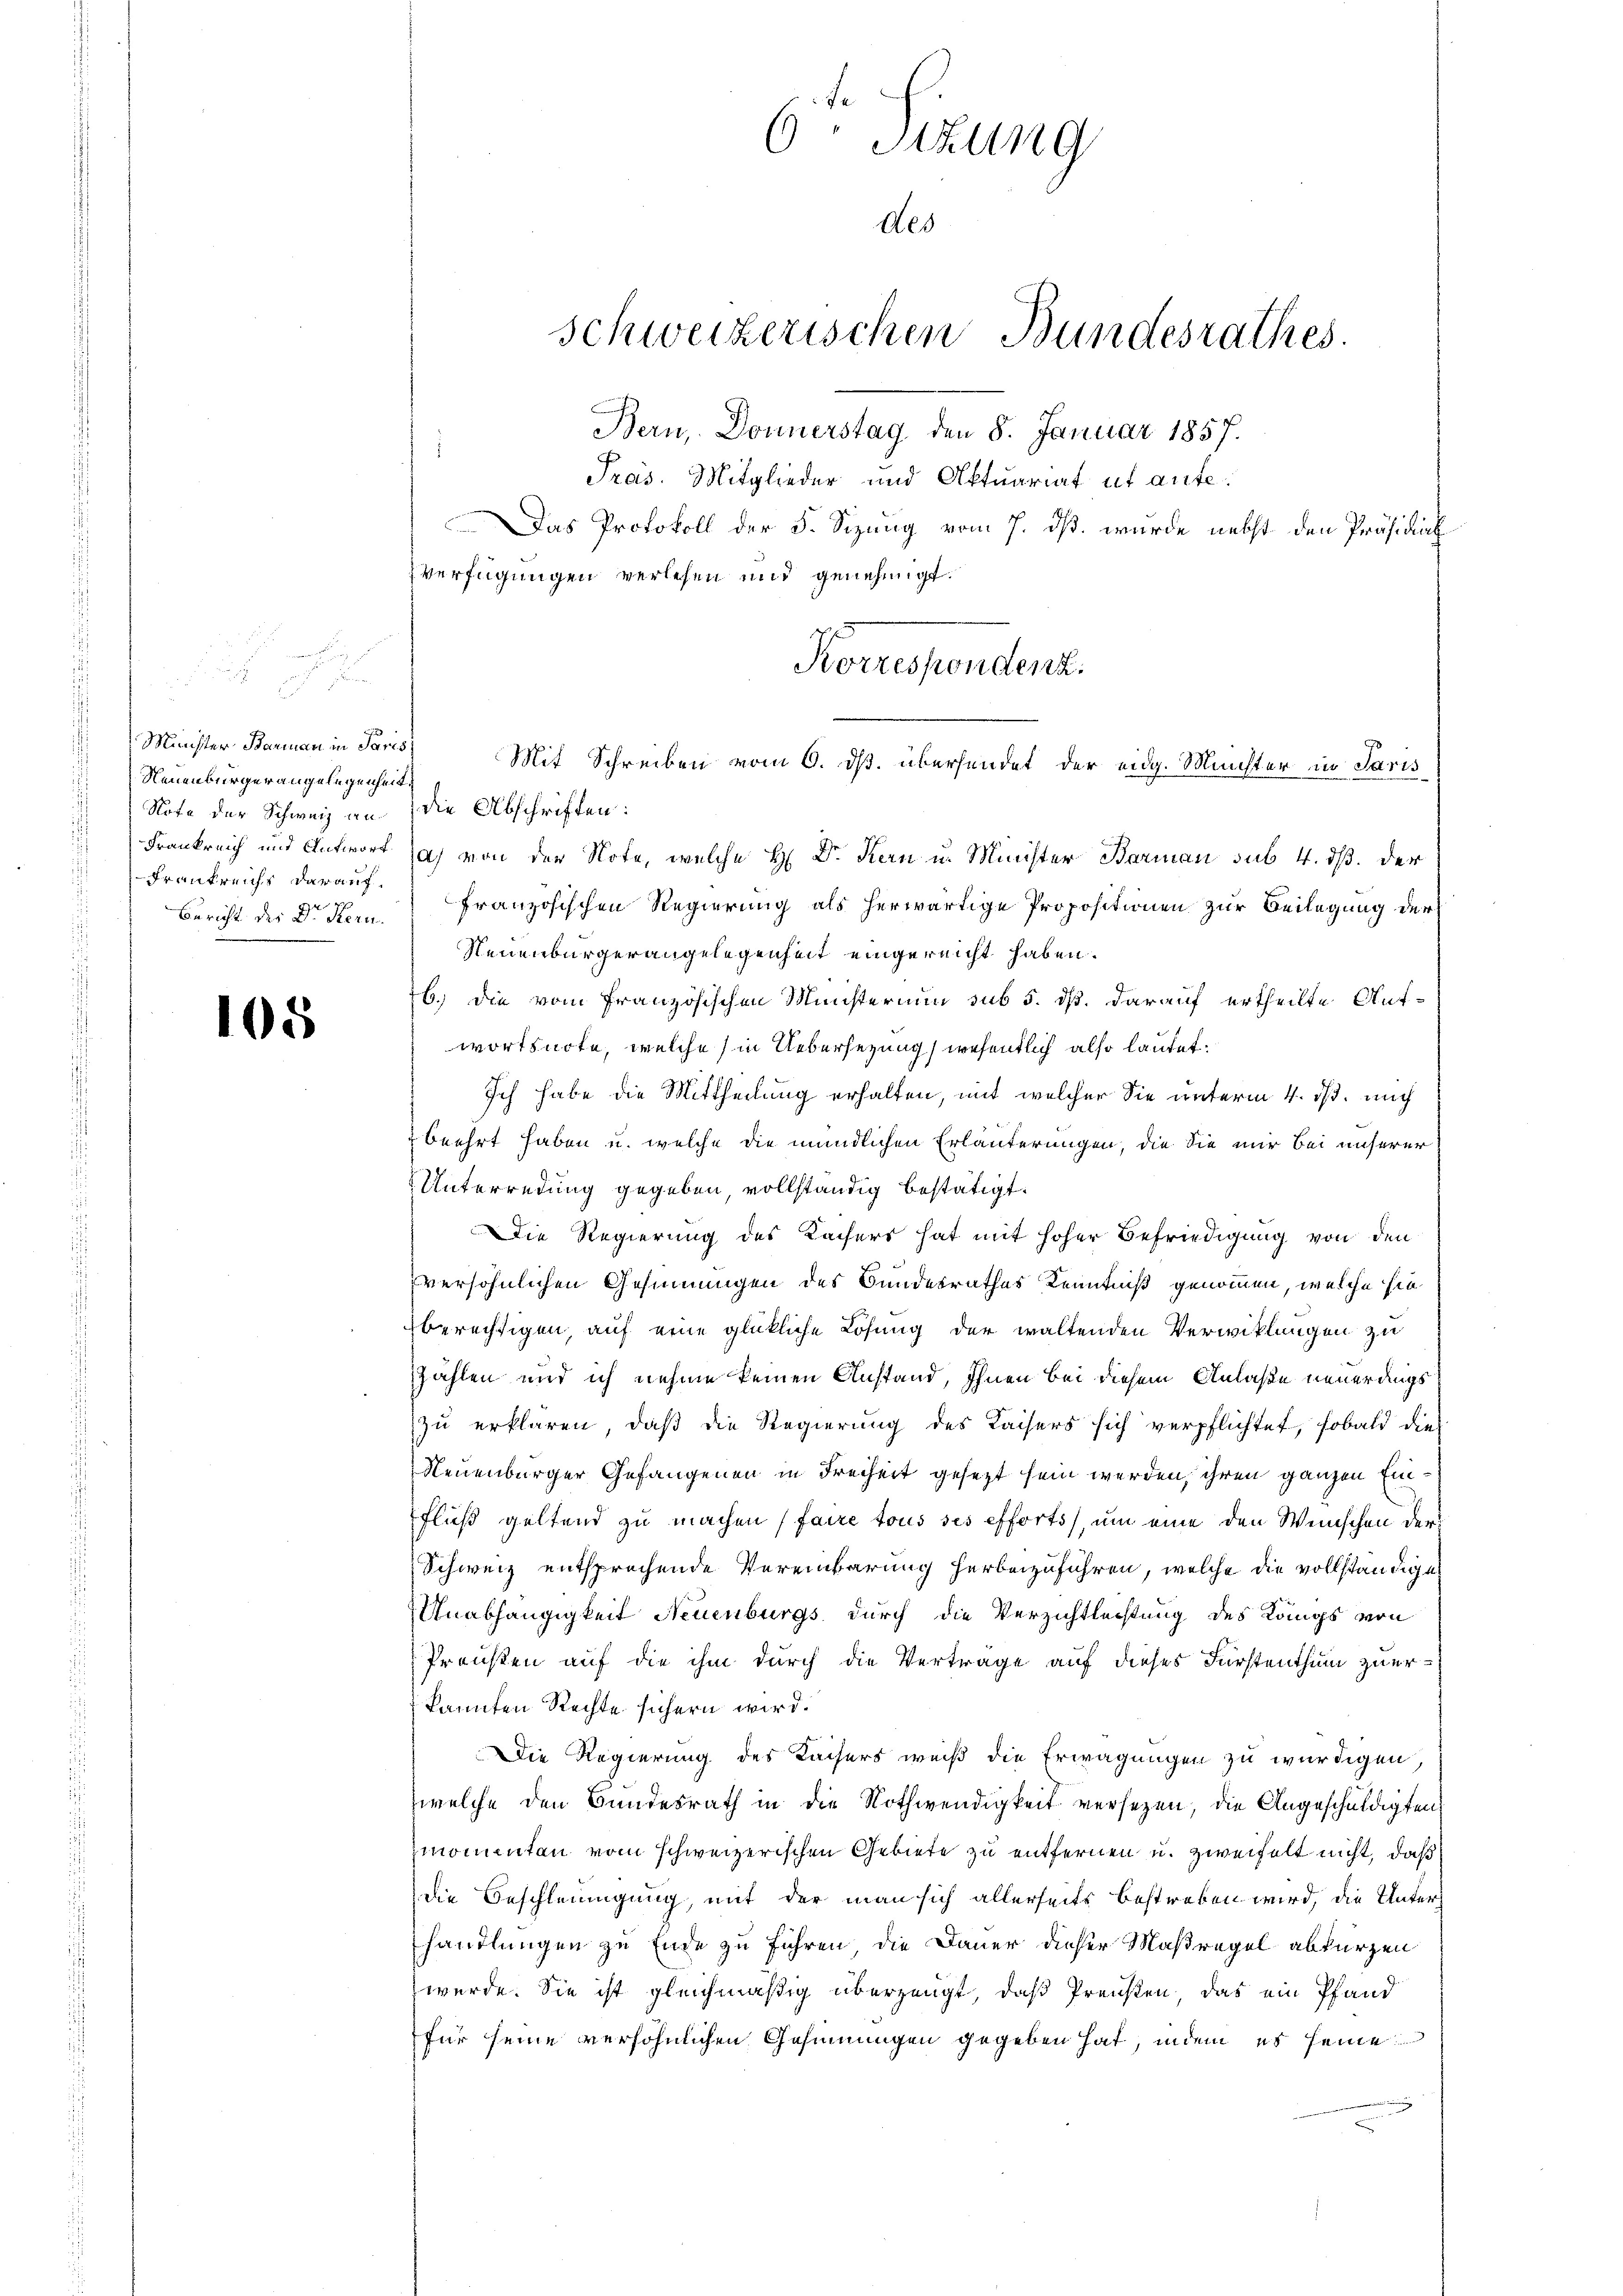
Minister Barmann in Paris
Neuenbürger angelegenheit.
Note der Schweiz an die Abschriften:
Frankreichs darauf.
Bericht der Dr. Kern.

105

6 Sizung
Schweizerischen Bundesrathes.
Bern, Donnerstag den 8. Januar 1857.
Pras. Mitglieder und Aktuariat ut anfe
Das Protokoll der 5. Sizung vom 7. ds. wurde nebst den Präsidial
Verfügungen verlesen und genehmigt.
Korrespondenz.

Frankreich und Antwort (a) von der Note, welche H. Dr. Kern u. Minister Barman sub. 4. ds. der
französischen Regierung als herwärtige Propositionen zur Beilegung der
Neuenburgerangelegenheit eingereicht haben.
b. Die vom Französischen Ministerium sub 5. dß. darauf ertheilte Auf-
wortsnote, welche (in Uebersezung wesentlich also lautet.
Ich habe die Mittheilung erhalten, mit welcher Sie unterm 4. ds. mich
 beehrt haben u. welche die mündlichen Erläuterungen, die Sie mir bei unserer
Unterredung gegeben, vollständig bestätigt.
DDie Regierung des Kaisers hat mit hoher Befriedigung von den
versöhnlichen Gesinnungen des Bundesrathes Kenntniß genommen, welche sie
berechtigen, auf eine glückliche Lösung der waltenden Verwicklungen zu
zählen und ich nehme keinen Anstand, Ihnen bei diesem Anlaße neuerdings
zu erklären, daß die Regierung des Kaisers sich verpflichtet, sobald die
Neuenburger Gefangenen in Freiheit gesezt sein werden, ihren ganzen Einfluß geltend zu machen (faire tous ses efforts, um eine den Wünschen der
Schweiz entsprochende Vereinbarung herbeizuführen, welche die vollständige
Anabhängigkeit Neuenburgs, durch die Verzichtleistung des Kängs von
Pronsten auf die ihm durch die Verträge auf dieses Fürstenthum zuerkannten Rechte sichern wird.
DDie Regierung des Kaisers weiß die Erwägungen zu würdigen
welche den Bundesrath in die Nothwendigkeit versezen, die Angeschuldigten
momenten vom schweizerischen Gebiete zu entfernen u. zweifelt nicht, daß
die Beschleinigung, mit der man sich allerseits bestreben wird, die Unterhandlungen zu Ende zu führen, die Dauer dieser Maßregel abkürzen
werde. Sie ist gleichmäßig überzeugt, daß Preusten, das ein Pfand
für seine versöhnlichen Gesinnungen gegeben hat, indem es seine

des

Mit Schreiben vom 6. ds. übersendet der eidg. Münster in Paris